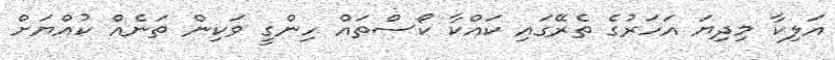
އަލިކާ މިދިޔަ އަހަރުގެ ތެރޭގައި ކައްކާ ކޯސްތައް ހިންގީ ވަކިން ތަނެއް ކުއްޔަށް